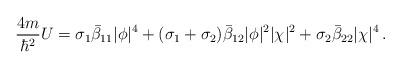
LaTeX: \begin{align*}\frac{4m}{\hbar^2}U=\sigma_1\bar\beta_{11}|\phi|^4 +(\sigma_1+\sigma_2)\bar\beta_{12}|\phi|^2|\chi|^2 +\sigma_2\bar\beta_{22}|\chi|^4\,.\end{align*}